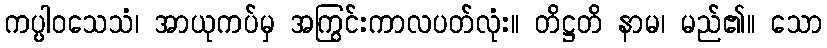
ကပ္ပါဝသေသံ၊ အာယုကပ်မှ အကြွင်းကာလပတ်လုံး။ တိဋ္ဌတိ နာမ၊ မည်၏။ သော